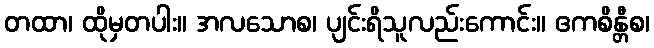
တထာ၊ ထိုမှတပါး။ အလသောစ၊ ပျင်းရိသူလည်းကောင်း။ ဧကစိန္တီစ၊